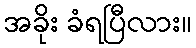
အခိုး ခံရပြီလား။